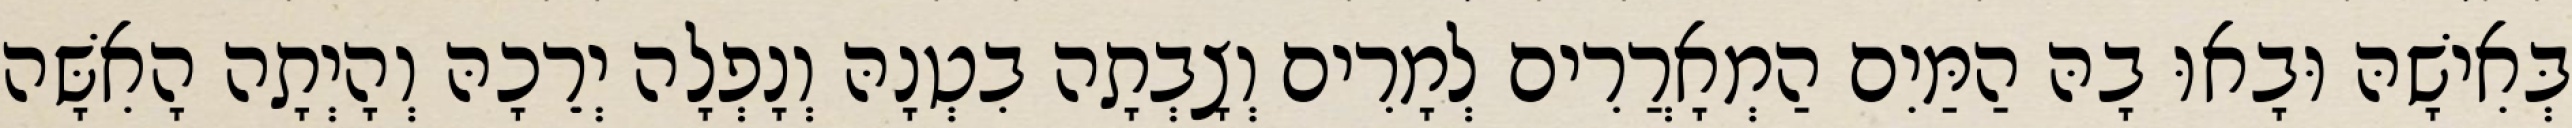
בְּאִישָׁהּ וּבָאוּ בָהּ הַמַּיִם הַמְאָרֲרִים לְמָרִים וְצָבְתָה בִטְנָהּ וְנָפְלָה יְרֵכָהּ וְהָיְתָה הָאִשָּׁה